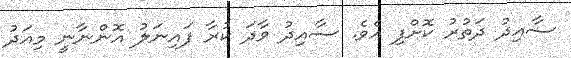
ސާއިދު ދަތުރު ކޮށްފި އެވެ. ސާއިދު ވާދަ ކުރާ ފައިނަލު އޮންނާނީ މިއަދު